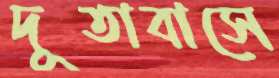
দূতাবাসে